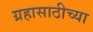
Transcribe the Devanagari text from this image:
ग्रहासाठीच्या